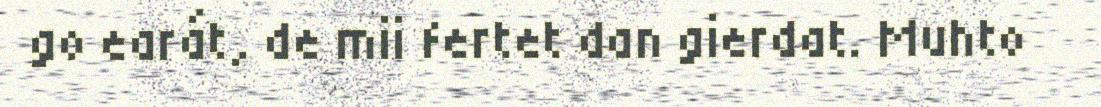
go earát, de mii fertet dan gierdat. Muhto